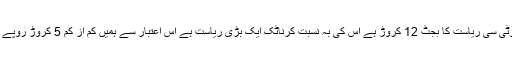
دہلی جیسی ایک چھوٹی سی ریاست کا بجٹ 12 کروڑ ہے اس کی بہ نسبت کرناٹک ایک بڑی ریاست ہے اس اعتبار سے ہمیں کم از کم 5 کروڑ روپے کی ضرورت ہوگی۔